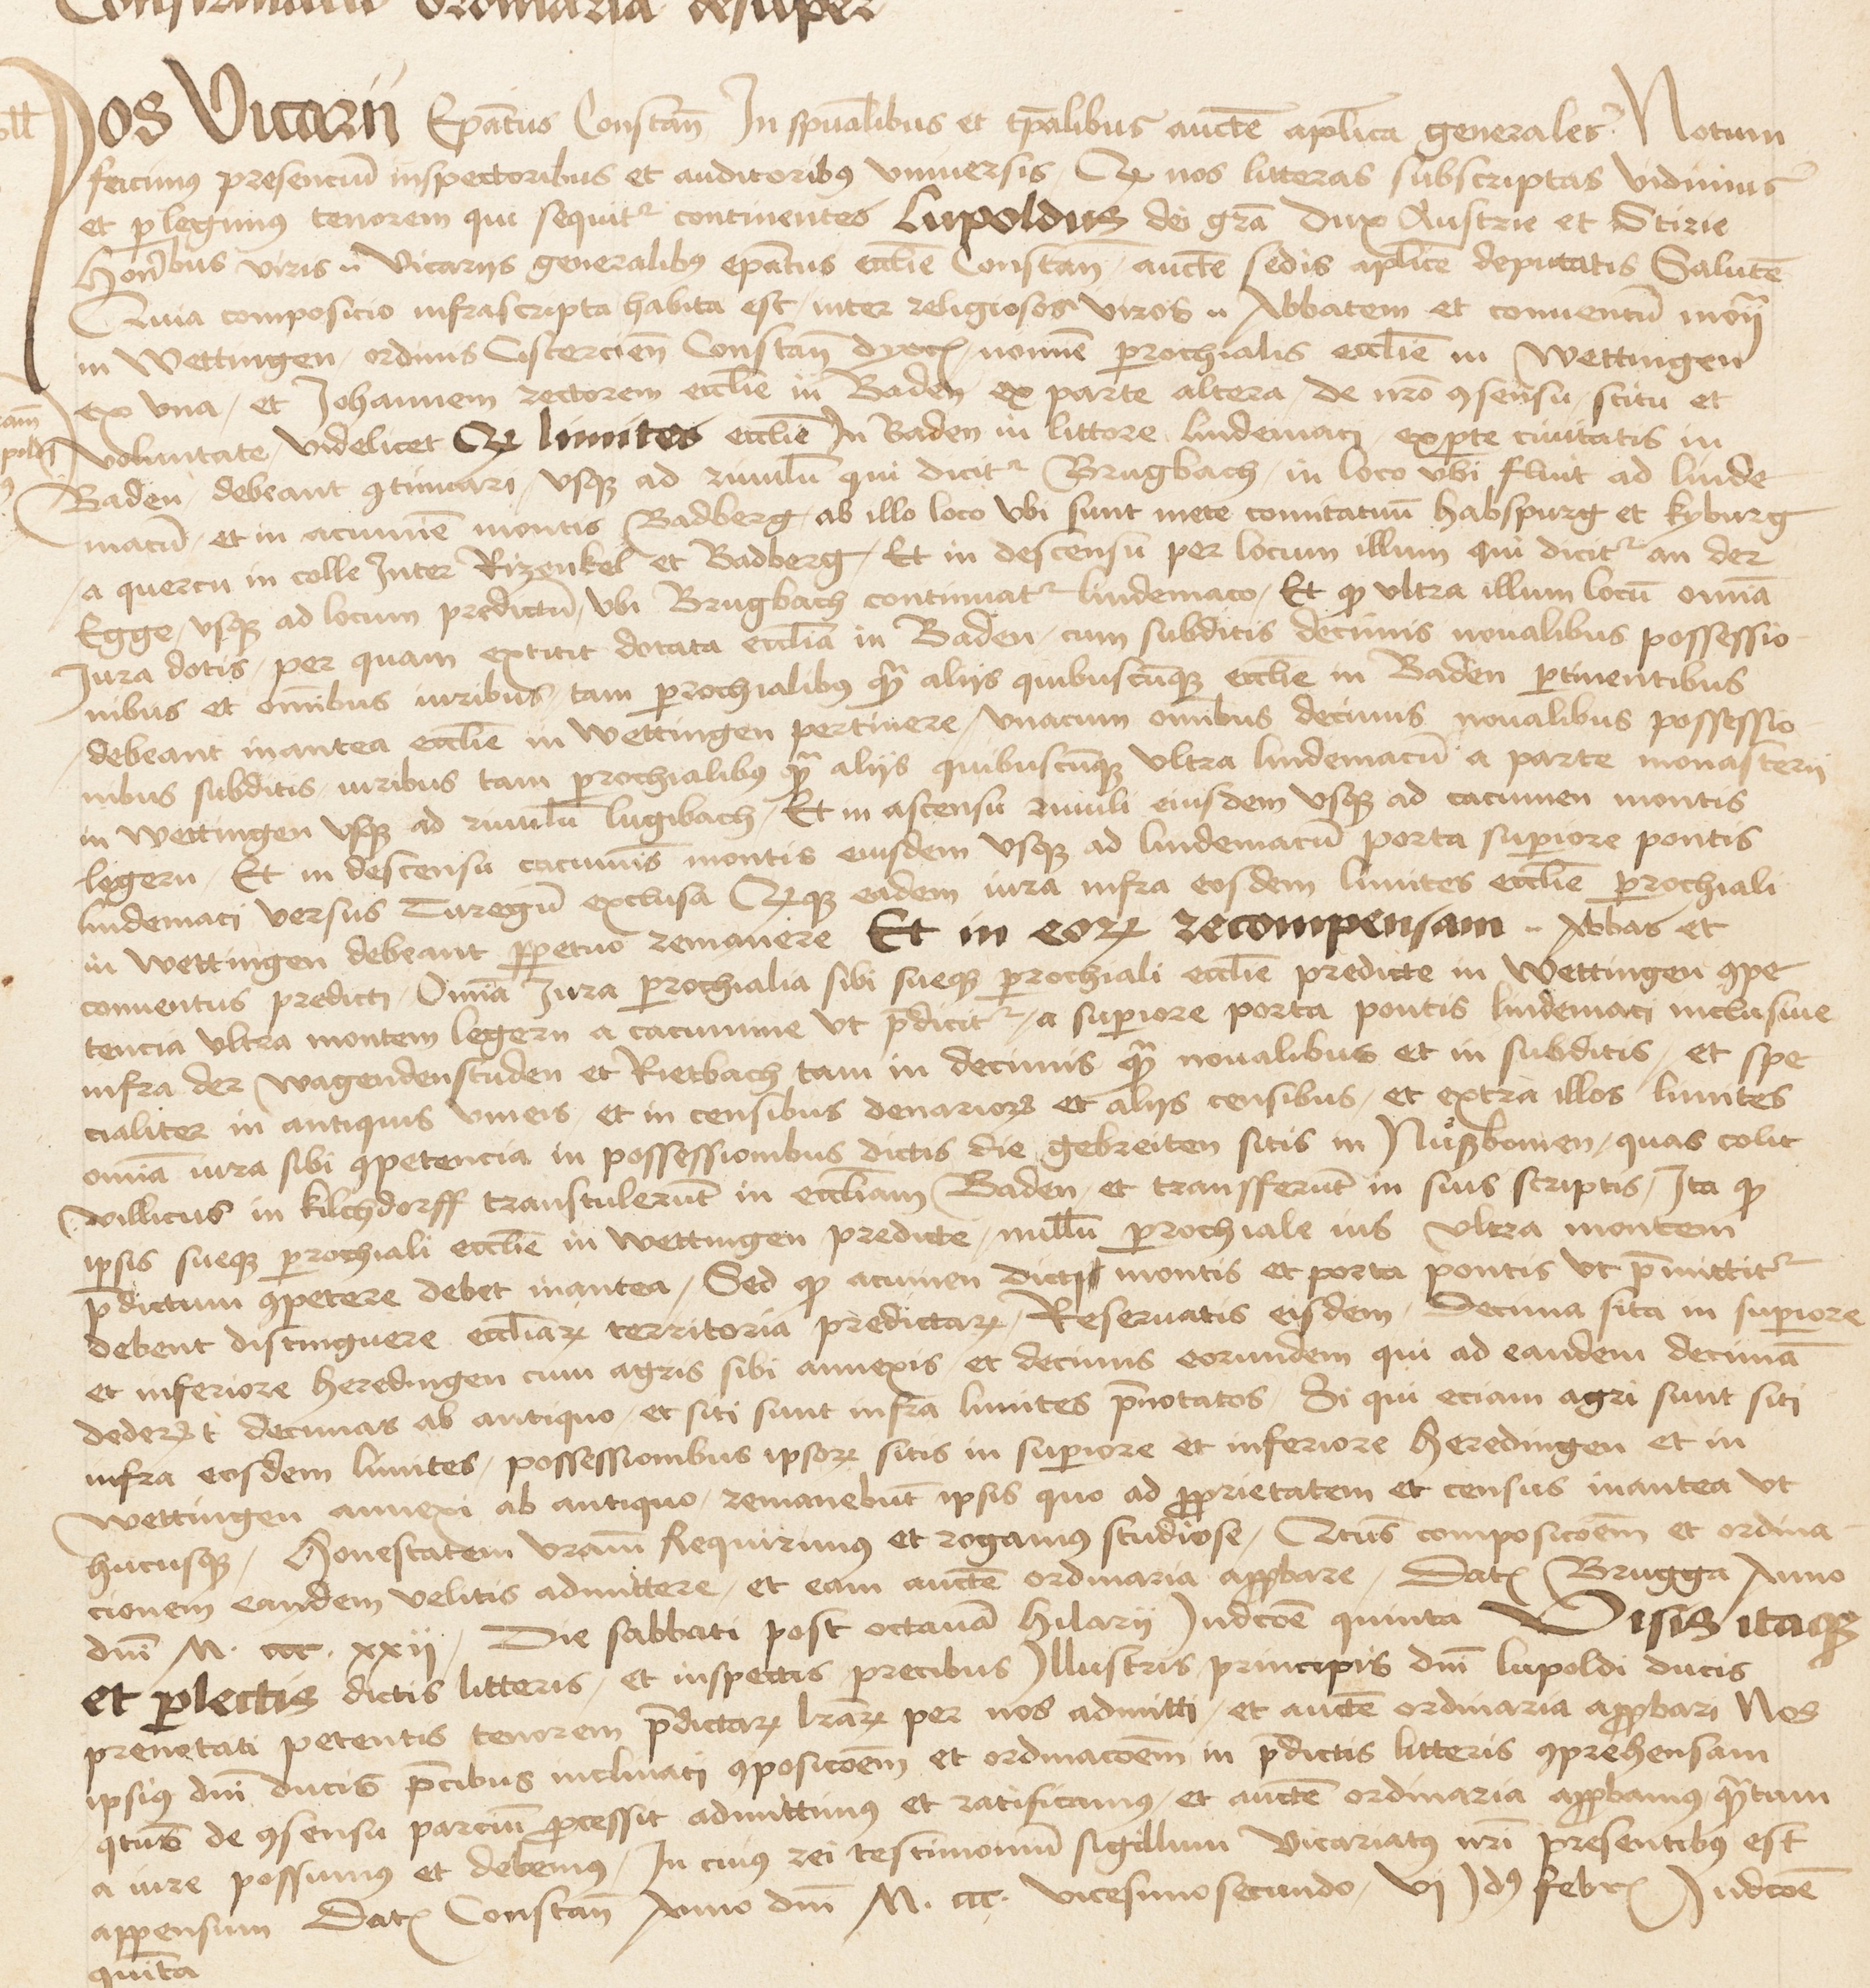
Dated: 1475–1505